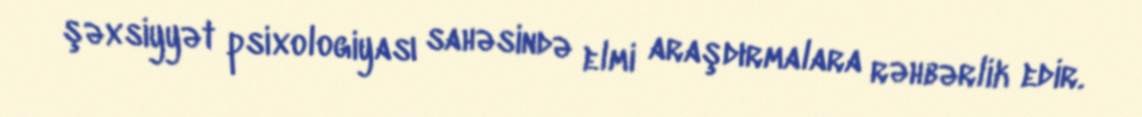
şəxsiyyət psixologiyası sahəsində elmi araşdırmalara rəhbərlik edir.